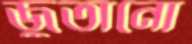
জুতানো